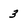
Character: 3